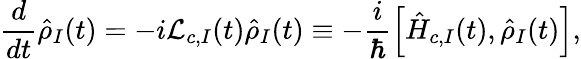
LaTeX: \frac{d}{dt}\hat{\rho}_{I}(t)=-i{\mathcal L}_{c,I}(t)\hat{\rho}_{I}(t)\equiv-\frac{i}{\hbar}\left[\hat{H}_{c,I}(t),\hat{\rho}_{I}(t)\right],